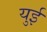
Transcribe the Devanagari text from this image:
युई